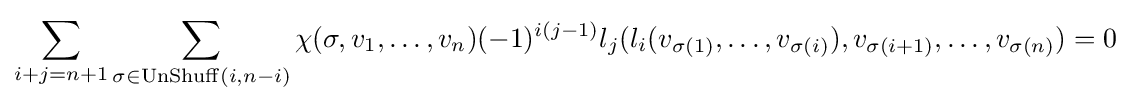
\sum _{i+j=n+1}\sum _{\sigma \in \mathrm {UnShuff} (i,n-i)}\chi (\sigma ,v_{1},\dots ,v_{n})(-1)^{i(j-1)}l_{j}(l_{i}(v_{\sigma (1)},\dots ,v_{\sigma (i)}),v_{\sigma (i+1)},\dots ,v_{\sigma (n)})=0